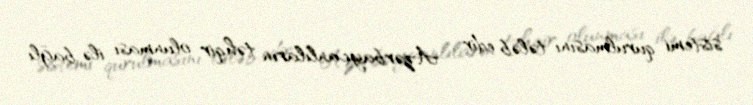
sistemi qurulmasını tələb edir... Azərbaycanlıların təhqir olunması ilə bağlı